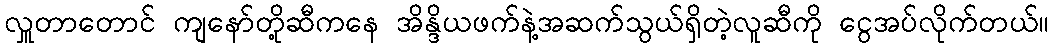
လှူတာတောင် ကျနော်တို့ဆီကနေ အိန္ဒိယဖက်နဲ့အဆက်သွယ်ရှိတဲ့လူဆီကို ငွေအပ်လိုက်တယ်။